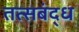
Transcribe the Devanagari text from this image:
तत्सबंद्ध